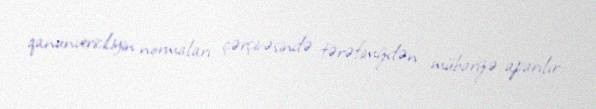
qanunvericiliyin normaları çərçivəsində tərəfimizdən mübarizə aparılır.